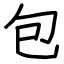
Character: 包